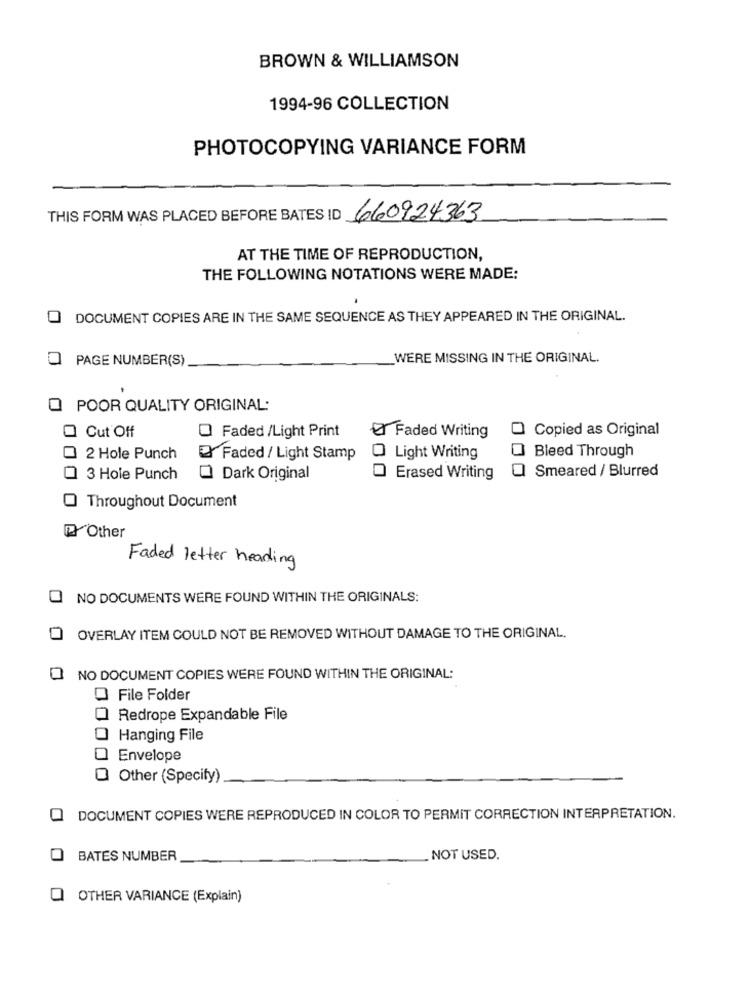
BROWN & WILLIAMSON
1994-96 COLLECTION
PHOTOCOPYING VARIANCE FORM
THIS FORM WAS PLACED BEFORE BATES ID 660924363
AT THE TIME OF REPRODUCTION,
THE FOLLOWING NOTATIONS WERE MADE:
DOCUMENT COPIES ARE IN THE SAME SEQUENCE AS THEY APPEARED IN THE ORIGINAL.
PAGE NUMBER(S)
WERE MISSING IN THE ORIGINAL.
POOR QUALITY ORIGINAL:
O Faded /Light Print
O Copied as Original
Cut Off
Faded Writing
Bleed Through
2 Hole Punch
Faded / Light Stamp
O Light Writing
Smeared / Blurred
3 Hole Punch
Dark Original
Erased Writing
Throughout Document
Other
Faded letter heading
NO DOCUMENTS WERE FOUND WITHIN THE ORIGINALS:
OVERLAY ITEM COULD NOT BE REMOVED WITHOUT DAMAGE TO THE ORIGINAL.
NO DOCUMENT COPIES WERE FOUND WITHIN THE ORIGINAL:
File Folder
Redrope Expandable File
Hanging File
Envelope
Other (Specify)
DOCUMENT COPIES WERE REPRODUCED IN COLOR TO PERMIT CORRECTION INTERPRETATION.
BATES NUMBER
. NOT USED.
OTHER VARIANCE (Explain)